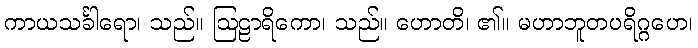
ကာယသင်္ခါရော၊ သည်။ ဩဠာရိကော၊ သည်။ ဟောတိ၊ ၏။ မဟာဘူတပရိဂ္ဂဟေ၊